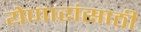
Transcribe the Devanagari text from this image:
येणारांसाठी